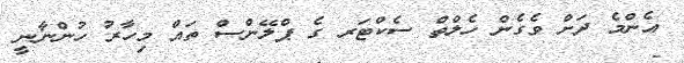
އެންމެ ދަށް ވެގެން ހެލްތް ސެކްޓަރ ގެ ޕްލޭންސް ތައް މިހާރު ހުންނާނީ